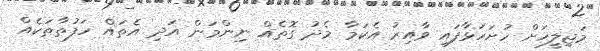
މަޖިލީހަށް ހުށަހަޅާފައި ވާއިރު އެކަމާ މެދު ގޮތެއް ނިންމަން އަދި އެތައް ހަފުތާތަކެއް